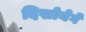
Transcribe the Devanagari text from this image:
दिखोयेगें